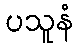
ပသူနံ